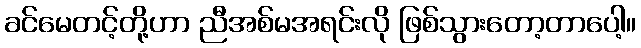
ခင်မေတင့်တို့ဟာ ညီအစ်မအရင်းလို ဖြစ်သွားတော့တာပေါ့။